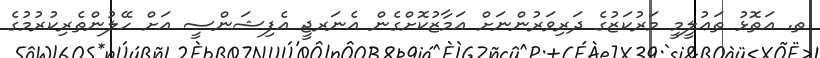
ތ. އަތޮޅު ތަޢުލީމީ މަރުކަޒުގެ ދަރިވަރުންނަށް އަމާޒުކޮށްގެން އެނަރޖީ އެފިޝަންސީ އަށް ހޭލުންތެރިކުރުމުގެ